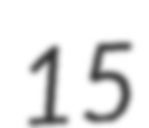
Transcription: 15